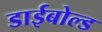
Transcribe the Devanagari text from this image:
डाईबोल्ड